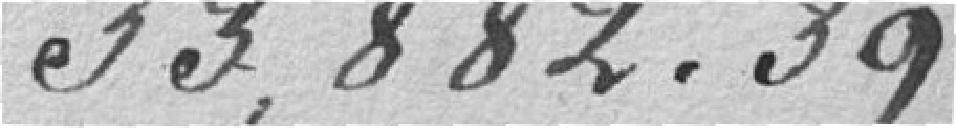
33.882,39